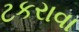
ટકરાવા